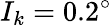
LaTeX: I_{k}=0.2^{\circ}